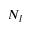
N _ { l }